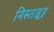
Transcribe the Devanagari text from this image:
निस्तल्रूइ